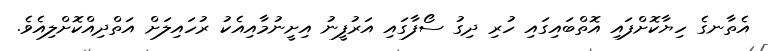
އެތާނގެ ހިޔާކޮށްފައި އޮތްބައިގައި ހުރި ދިގު ސޯފާގައި އަރުފީނު އިށީނުމާއިއެކު ރުހައިލަށް އަތްދިއްކޮށްލިއެވެ.